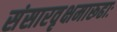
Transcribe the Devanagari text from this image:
संसारवृक्षमारूढाः